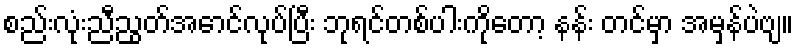
စည်းလုံးညီညွတ်အောင်လုပ်ပြီး ဘုရင်တစ်ပါးကိုတော့ နန်း တင်မှာ အမှန်ပဲဗျ။